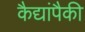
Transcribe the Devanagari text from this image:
कैद्यांपैकी